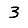
Digit: 3